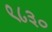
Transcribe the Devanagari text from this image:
९८३०